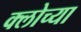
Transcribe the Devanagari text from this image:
क्लोच्या